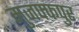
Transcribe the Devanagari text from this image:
मुजफ्फपुर